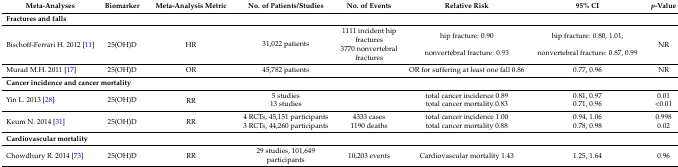
| Meta-Analyses | Biomarker | Meta-Analysis Metric | No. of Patients/Studies | No. of Events | Relative Risk | 95% CI | p-Value |
 | --- | --- | --- | --- | --- | --- | --- | --- |
 | <COLSPAN=8> Fractures and falls |
 | <ROWSPAN=2> Bischoff-Ferrari H. 2012 [11] | <ROWSPAN=2> 25(OH)D | <ROWSPAN=2> HR | <ROWSPAN=2> 31,022 patients | 1111 incident hip fractures | hip fracture: 0.90 | hip fracture: 0.80, 1.01; | <ROWSPAN=2> NR |
 | 3770 nonvertebral fractures | nonvertebral fracture: 0.93 | nonvertebral fracture: 0.87, 0.99 |
 | Murad M.H. 2011 [17] | 25(OH)D | OR | 45,782 patients |  | OR for suffering at least one fall 0.86 | 0.77, 0.96 | NR |
 | <COLSPAN=8> Cancer incidence and cancer mortality |
 | <ROWSPAN=2> Yin L. 2013 [28] | <ROWSPAN=2> 25(OH)D | <ROWSPAN=2> RR | 5 studies |  | total cancer incidence 0.89 | 0.81, 0.97 | 0.01 |
 | 13 studies |  | total cancer mortality 0.83 | 0.71, 0.96 | <0.01 |
 | <ROWSPAN=2> Keum N. 2014 [31] | <ROWSPAN=2> 25(OH)D | <ROWSPAN=2> RR | 4 RCTs, 45,151 participants | 4333 cases | total cancer incidence 1.00 | 0.94, 1.06 | 0.998 |
 | 3 RCTs, 44,260 participants | 1190 deaths | total cancer mortality 0.88 | 0.78, 0.98 | 0.02 |
 | <COLSPAN=8> Cardiovascular mortality |
 | Chowdhury R. 2014 [73] | 25(OH)D | RR | 29 studies, 101,649 participants | 10,203 events | Cardiovascular mortality 1.43 | 1.25, 1.64 | 0.96 |